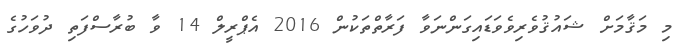
މި މަޤާމަށް ޝައުޤުވެރިވެވަޑައިގަންނަވާ ފަރާތްތަކުން 2016 އެޕްރީލް 14 ވާ ބުރާސްފަތި ދުވަހުގެ